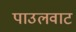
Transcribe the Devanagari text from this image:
पाउलवाट